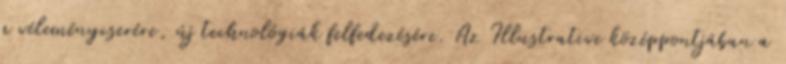
a véleménycserére, új technológiák felfedezésére. Az Illustrative középpontjában a